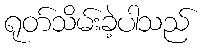
ရုတ်သိမ်းခဲ့ပါသည်